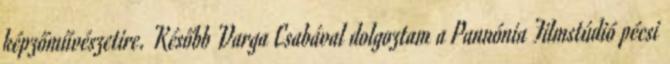
képzőművészetire. Később Varga Csabával dolgoztam a Pannónia Filmstúdió pécsi